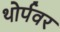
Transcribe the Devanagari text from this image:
थोर्पवर